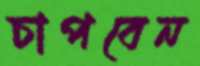
চাপবেন